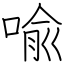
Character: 喩